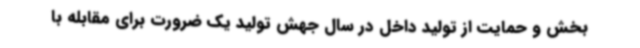
بخش و حمایت از تولید داخل در سال جهش تولید یک ضرورت برای مقابله با